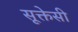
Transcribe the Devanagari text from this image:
सूक्तेसी